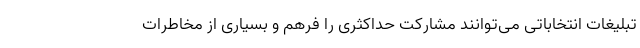
تبلیغات انتخاباتی می‌توانند مشارکت حداکثری را فرهم و بسیاری از مخاطرات